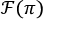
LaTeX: { \mathcal { F } } ( \pi )